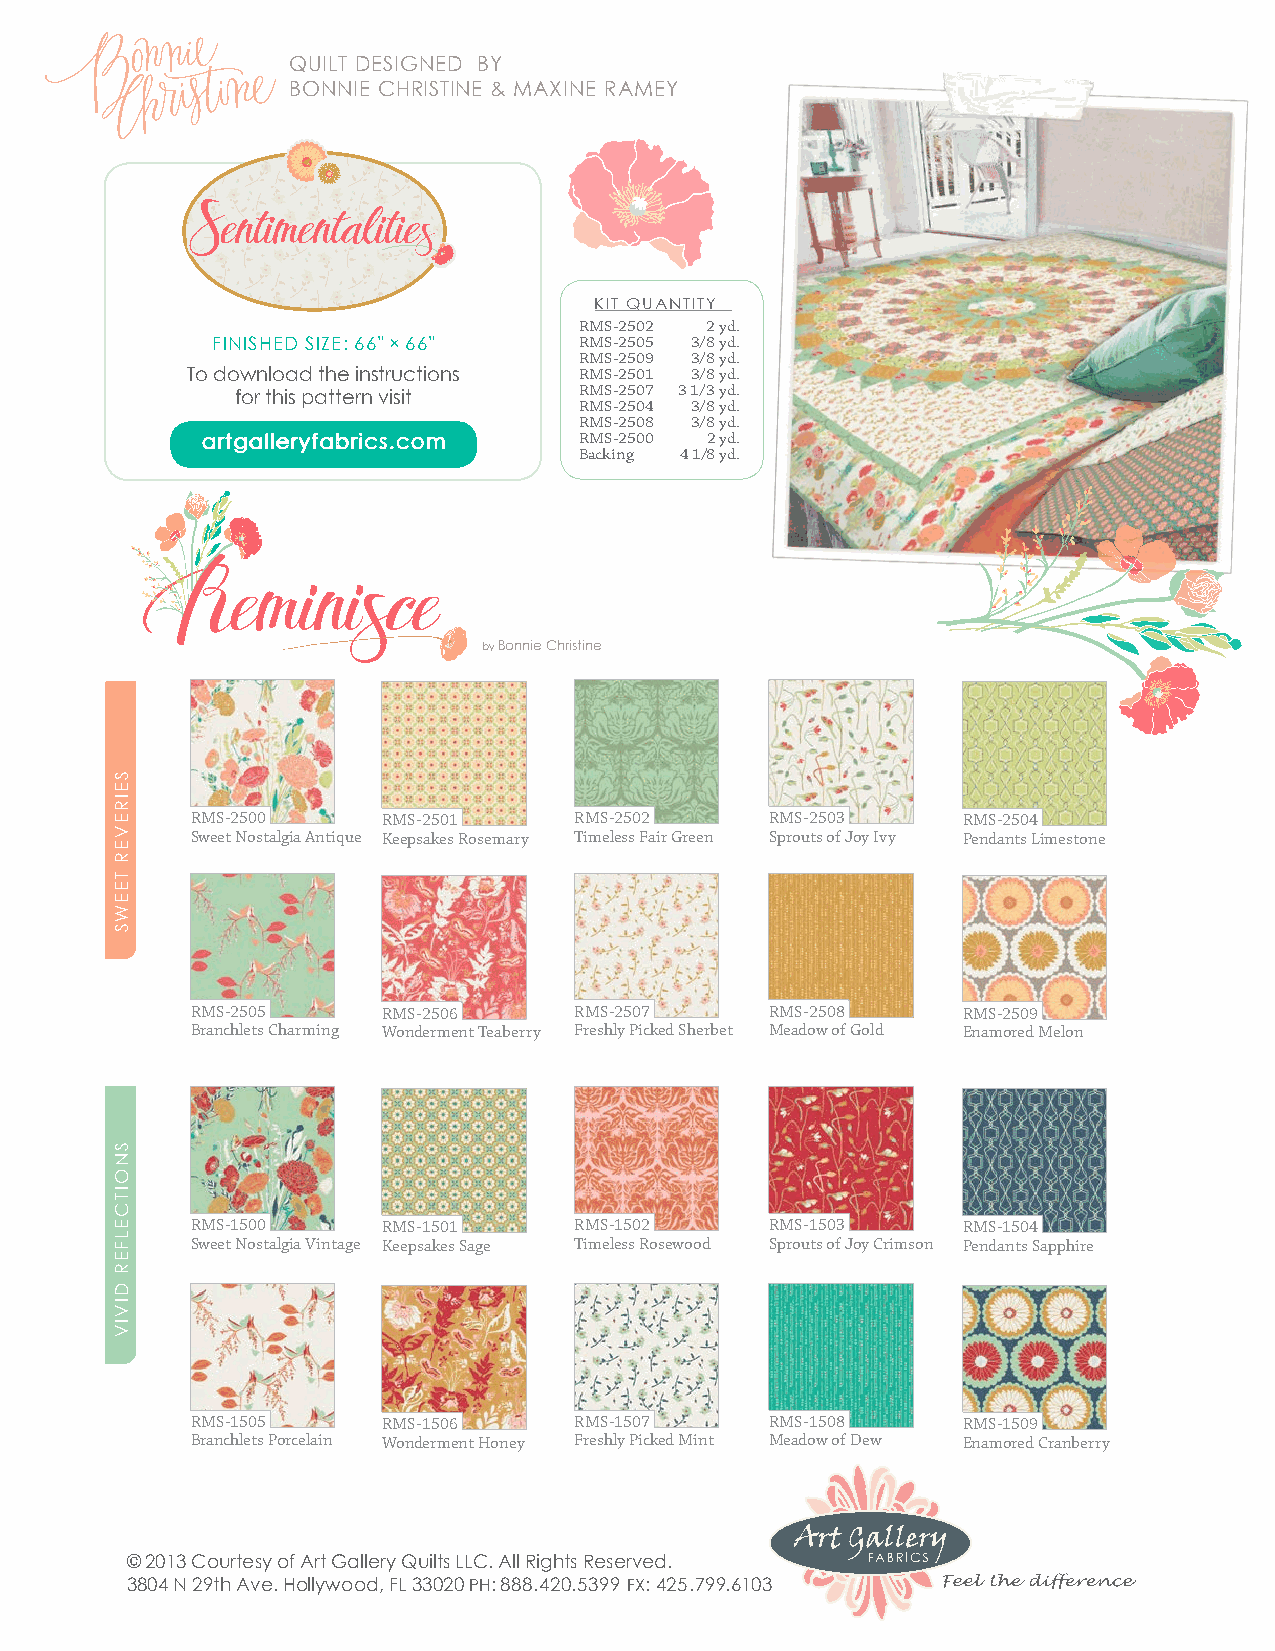
QUILT DESIGNED BY
 BONNIE ChRISTINE & MAXINE RAMEY
 KIT QUANTITY
 RMS-2502 2 yd.
 FINIShED SIzE: 66" × 66" RMS-2505 3/8 yd.
 RMS-2509 3/8 yd.
 To download the instructions RMS-2501 3/8 yd.
 for this pattern visit RMS-2507 3 1/3 yd.
 RMS-2504 3/8 yd.
 RMS-2508 3/8 yd.
 artgalleryfabrics.com    RMS-2500 2 yd.
 Backing 4 1/8 yd.
 by Bonnie Christine
 RMS-2500    RMS-2501     RMS-2502     RMS-2503     RMS-2504
 Sweet Nostalgia Antique Keepsakes Rosemary Timeless Fair Green Sprouts of Joy Ivy Pendants Limestone
 RMS-2505    RMS-2506     RMS-2507     RMS-2508     RMS-2509
 Branchlets Charming Wonderment Teaberry Freshly Picked Sherbet Meadow of Gold Enamored Melon
 RMS-1500    RMS-1501     RMS-1502     RMS-1503     RMS-1504
 Sweet Nostalgia Vintage Keepsakes Sage Timeless Rosewood Sprouts of Joy Crimson Pendants Sapphire
 RMS-1505    RMS-1506     RMS-1507     RMS-1508     RMS-1509
 Branchlets Porcelain Wonderment Honey Freshly Picked Mint Meadow of Dew Enamored Cranberry
 © 2013 Courtesy of Art Gallery Quilts LLC. All Rights Reserved.
 3804 N 29th Ave. hollywood, FL 33020 Ph: 888.420.5399 FX: 425.799.6103
 SEIREVER
 TEEWS
 SNOITCELFER
 DIVIV